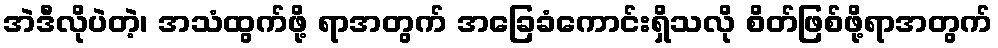
အဲဒီလိုပဲတဲ့၊ အသံထွက်ဖို့ ရာအတွက် အခြေခံကောင်းရှိသလို စိတ်ဖြစ်ဖို့ရာအတွက်